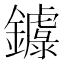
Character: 𨮦